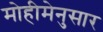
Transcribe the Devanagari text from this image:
मोहीमेनुसार